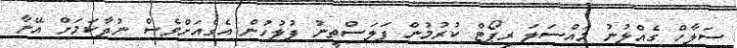
ސަލާހް ގެއްލުނު މައްސަލަ ރިޕޯޓް ކުރުމުން ފަލަސްތީނު ފުލުހުން އެގެއަށްވެސް ނުދާކަމަށް އޭނާ